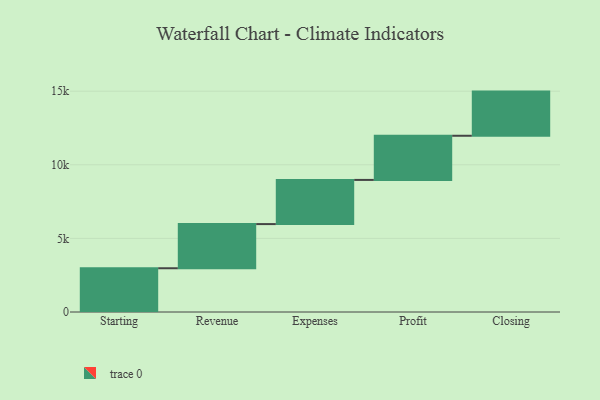
{"axis": {"x": "Step", "y": "Value"}, "legend": [""], "data": [{"x": "Starting", "y": 2972.0, "type": ""}, {"x": "Revenue", "y": 3000, "type": ""}, {"x": "Expenses", "y": 3000, "type": ""}, {"x": "Profit", "y": 3000, "type": ""}, {"x": "Closing", "y": 3000, "type": ""}]}